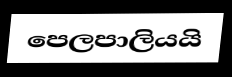
පෙලපාලියයි